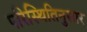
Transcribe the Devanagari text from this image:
परिस्थितिनुसार